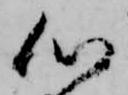
心